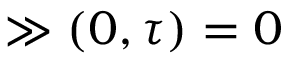
\gg ( 0 , \tau ) = 0